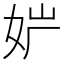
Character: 𡛢